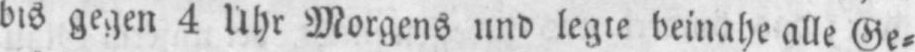
dis gegen 4 Uhr Morgens und legte beinahe alle Ge⸗